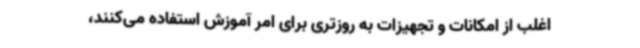
اغلب از امکانات و تجهیزات به روزتری برای امر آموزش استفاده می‌کنند،